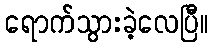
ရောက်သွားခဲ့လေပြီ။